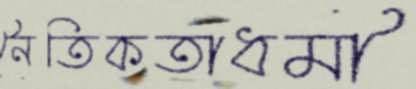
নৈতিকতাধর্মী